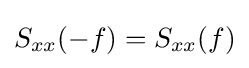
S_{xx}(-f)=S_{xx}(f)